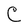
Character: C